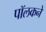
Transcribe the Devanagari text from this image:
पॉलकने